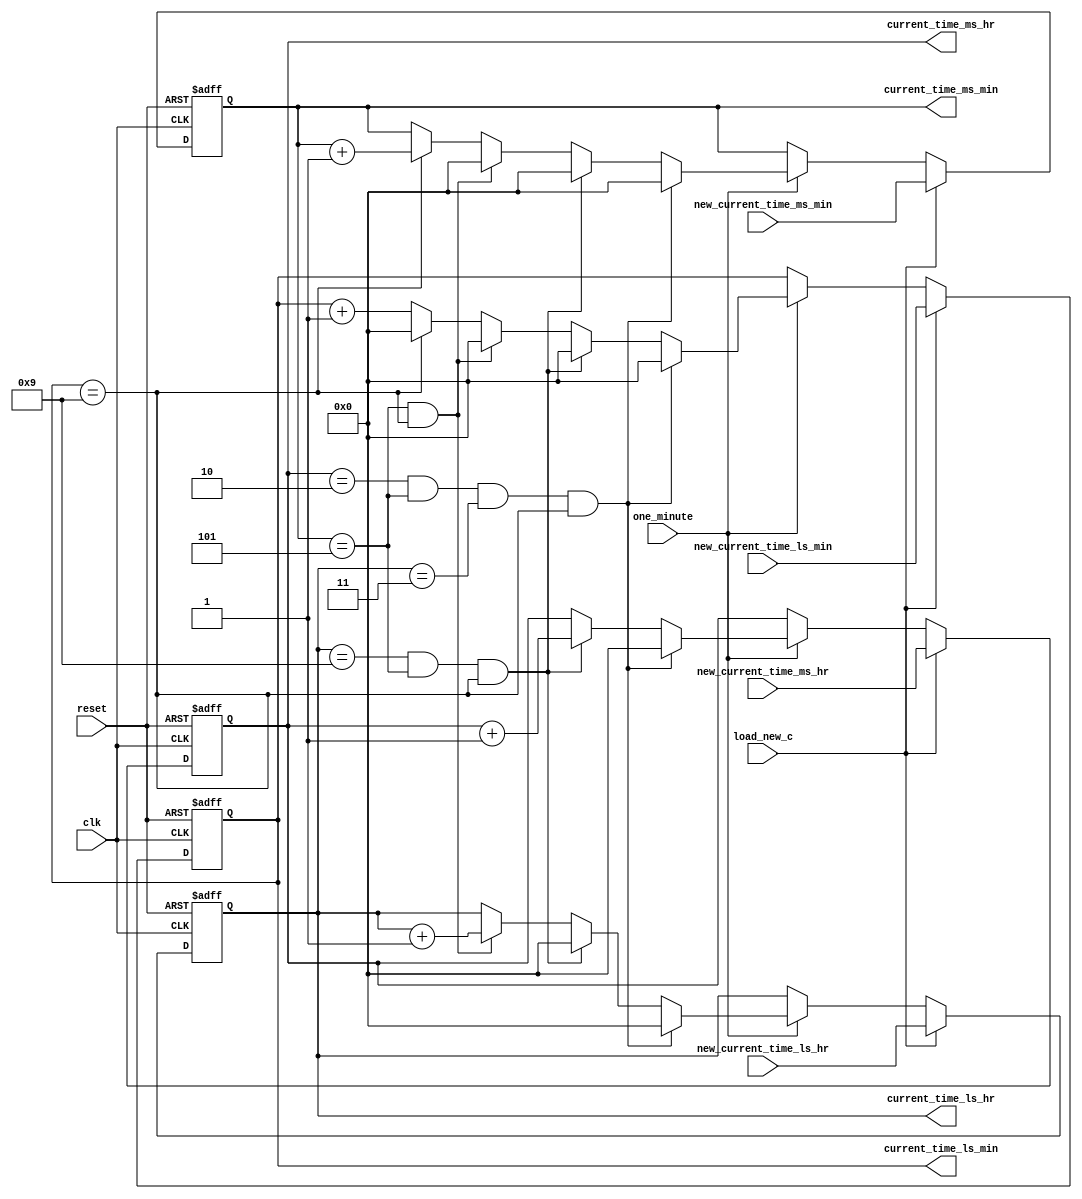
/*My Code*/
module counter (clk,
	        reset,
		one_minute,
		load_new_c,
		new_current_time_ms_hr,
		new_current_time_ms_min,
		new_current_time_ls_hr,
		new_current_time_ls_min,
		current_time_ms_hr,
		current_time_ms_min,
		current_time_ls_hr,
		current_time_ls_min);

input clk,
      reset,
      one_minute,
      load_new_c;

input[3:0] new_current_time_ms_hr,
           new_current_time_ms_min,
           new_current_time_ls_hr,
           new_current_time_ls_min;

output [3:0] current_time_ms_hr,
             current_time_ms_min,
             current_time_ls_hr,
             current_time_ls_min;

reg [3:0] current_time_ms_hr,
          current_time_ms_min,
          current_time_ls_hr,
          current_time_ls_min;

always@( posedge clk or posedge reset)                                         
 begin              
   
    if(reset)                                                                 
      begin
	current_time_ms_hr  <= 4'd0;                                          
        current_time_ms_min <= 4'd0;                                          
        current_time_ls_hr  <= 4'd0;
        current_time_ls_min <= 4'd0;
       end
     else if(load_new_c)
       begin                                                                
	 current_time_ms_hr  <= new_current_time_ms_hr;                     //   Corner cases: ms_hr ls_hr :ms_min ls_min
	 current_time_ms_min <= new_current_time_ms_min;                  
	 	 current_time_ls_hr  <= new_current_time_ls_hr;                     
	 current_time_ls_min <= new_current_time_ls_min;                    
       end                                                                    
      else if (one_minute == 1)
       begin
   
        if(current_time_ms_hr == 4'd2 && current_time_ms_min == 4'd5 &&
           current_time_ls_hr == 4'd3 && current_time_ls_min == 4'd9)
           begin
               current_time_ms_hr  <= 4'd0;
   	       current_time_ms_min <= 4'd0;
	       current_time_ls_hr  <= 4'd0;
 	       current_time_ls_min <= 4'd0;
           end
  
         else if(current_time_ls_hr == 4'd9 && current_time_ms_min == 4'd5
                   && current_time_ls_min == 4'd9)
            begin
		current_time_ms_hr <= current_time_ms_hr + 1'd1;
                current_time_ls_hr <= 4'd0;
                current_time_ms_min <= 4'd0;
                current_time_ls_min <= 4'd0;
            end
    
        else if (current_time_ms_min == 4'd5 && current_time_ls_min == 4'd9)
            begin
                current_time_ls_hr <= current_time_ls_hr + 1'd1;
		current_time_ms_min <= 4'd0;
                current_time_ls_min <= 4'd0;
            end
 
	 else if(current_time_ls_min == 4'd9)
	    begin
		current_time_ms_min <= current_time_ms_min + 1'd1;
		current_time_ls_min <= 4'd0;
            end
     
         else
            begin
           	current_time_ls_min <= current_time_ls_min + 1'b1;
            end
       end
    end

endmodule